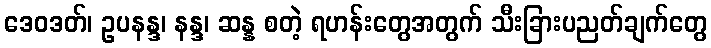
ဒေဝဒတ်၊ ဥပနန္ဒ၊ နန္ဒ၊ ဆန္န စတဲ့ ရဟန်းတွေအတွက် သီးခြားပညတ်ချက်တွေ